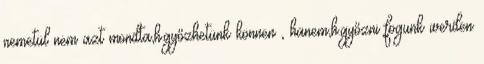
nemetül nem azt mondta,h.győzhetünk können , hanem,h.győzni fogunk werden